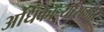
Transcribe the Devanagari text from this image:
अधिकाऱ्यांसमोर